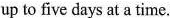
up to five days at a time.